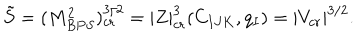
\tilde { S } = ( M _ { B P S } ^ { 2 } ) _ { c r } ^ { 3 / 2 } = | Z | _ { c r } ^ { 3 } ( C _ { I J K } , q _ { I } ) = | V _ { c r } | ^ { 3 / 2 } .